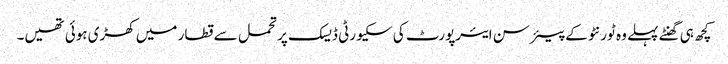
کچھ ہی گھنٹے پہلے وہ ٹورنٹو کے پیئرسن ایئرپورٹ کی سکیورٹی ڈیسک پر تحمل سے قطار میں کھڑی ہوئی تھیں۔